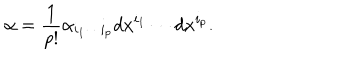
\alpha = { \frac { 1 } { p ! } } \alpha _ { i _ { 1 } \cdots i _ { p } } d x ^ { i _ { 1 } } \cdots d x ^ { i _ { p } } .